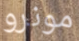
مونرو